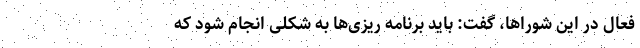
فعال در این شوراها، گفت: باید برنامه ریزی‌ها به شکلی انجام شود که